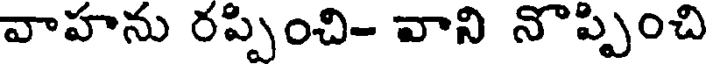
వాహను రప్పించి- వాని నొప్పించి